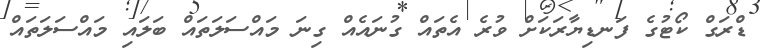
ޑްރަގް ކޯޓުގެ ފަނޑިޔާރަކަށް ވުރެ އެތައް ގުނައެއް ގިނަ މައްސަލަތައް ބަލައި މައްސަލަތައް